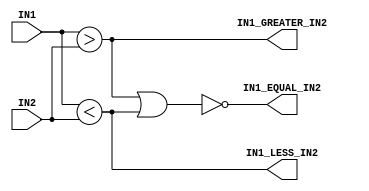
/* wersja 1
module komparator(IN1, IN2, IN1_EQUAL_IN2, IN1_GREATER_IN2, IN1_LESS_IN2);
input [1:0] IN1, IN2;
output reg IN1_EQUAL_IN2, IN1_GREATER_IN2, IN1_LESS_IN2;

   always @(IN1 or IN2)
    if (IN1 > IN2)
	    IN1_GREATER_IN2 = 1'b1;
    else
			IN1_GREATER_IN2 = 1'b0;

   always @(IN1 or IN2)
    if (IN1 < IN2)
	    IN1_LESS_IN2 = 1'b1;
    else
			IN1_LESS_IN2 = 1'b0;

   always @(IN1 or IN2)
    if (IN1 == IN2)
	    IN1_EQUAL_IN2 = 1'b1;
    else
			IN1_EQUAL_IN2 = 1'b0;

endmodule
*/

module komparator(IN1, IN2, IN1_EQUAL_IN2, IN1_GREATER_IN2, IN1_LESS_IN2);
input [1:0] IN1, IN2;
output wire IN1_EQUAL_IN2, IN1_GREATER_IN2, IN1_LESS_IN2;

	assign IN1_GREATER_IN2 = (IN1 > IN2);
	assign IN1_LESS_IN2    = (IN1 < IN2);
	assign IN1_EQUAL_IN2   = ~(IN1_GREATER_IN2 | IN1_LESS_IN2);


endmodule

//zadania:
//1 implementacja
//2 zrealizowac komparator z wyjsciami I1>I2, I1=I2, I1<I2
/*
        |  |        |  |
       _|  |_      _|  |_
       \    /      \    /
        \  /        \  /
     +--------------------+
     |                    |
     |                  > +------
     |                  = +------
     |                  < +------
     |                    |
     +--------------------+
*/
//3 zrealizowac komparator kaskadowy z wejsciani/wyjsciami I1>I2, I1=I2, I1<I2
/*
        |  |        |  |
       _|  |_      _|  |_
       \    /      \    /
        \  /        \  /
     +--------------------+
     |                    |
-----+ >                > +------
-----+ =                = +------
-----+ <                < +------
     |                    |
     +--------------------+
*/